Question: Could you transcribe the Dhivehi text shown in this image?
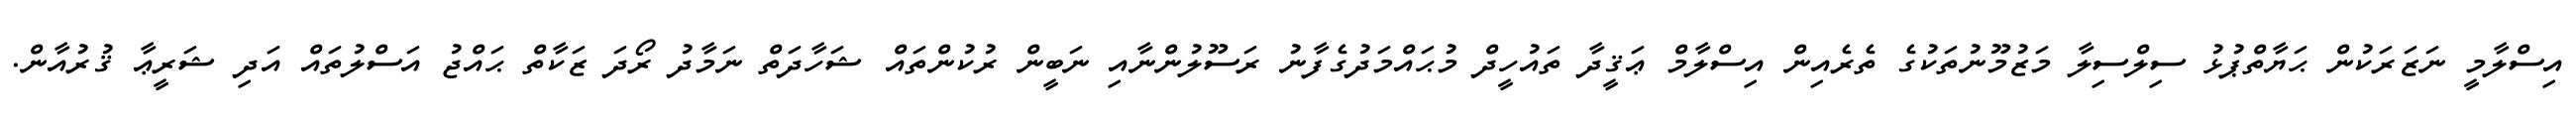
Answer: އިސްލާމީ ނަޒަރަކުން ޙަޔާތްޕުޅު ސިލްސިލާ މަޒުމޫނުތަކުގެ ތެރެއިން އިސްލާމް ޢަޤީދާ ތައުހީދް މުޙައްމަދުގެފާނު ރަސޫލުންނާއި ނަބީން ރުކުންތައް ޝަހާދަތް ނަމާދު ރޯދަ ޒަކާތް ޙައްޖު އަސްލުތައް އަދި ޝަރީޢާ ޤުރުއާން.